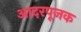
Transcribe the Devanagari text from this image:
आदरपूजक